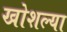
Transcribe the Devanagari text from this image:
खोशल्या